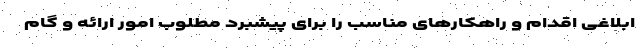
ابلاغی اقدام و راهکارهای مناسب را برای پیشبرد مطلوب امور ارائه و گام